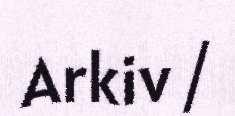
Arkiv /